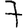
Digit: 7